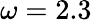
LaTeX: \omega=2.3